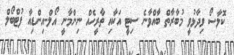
ކޮލާސޯ ވިދާޅުވީ މުބާރާތް ބާއްވާނެ ސިޓީ އަކާއި ތާރީހެއް ނިންމާނީ އޯލް-އިންޑިއާ ފުޓްބޯލް